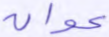
عوان